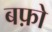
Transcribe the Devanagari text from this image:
बफ़ो